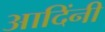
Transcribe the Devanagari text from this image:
आदिंनी